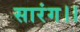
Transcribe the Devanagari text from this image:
सारंग।।